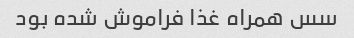
سس همراه غذا فراموش شده بود